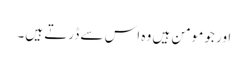
اور جو مومن ہیں وہ اس سے ڈرتے ہیں۔